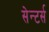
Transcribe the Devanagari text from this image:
सेन्टर्स